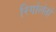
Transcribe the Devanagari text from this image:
रिगोलेतो